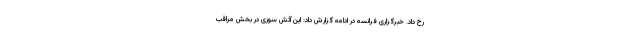
رخ داد. خبرگزاری فرانسه در ادامه گزارش داد: این آتش سوزی در بخش مراقب